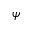
\psi